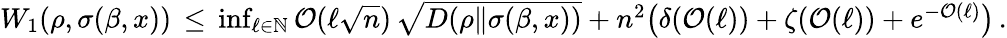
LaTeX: \begin{array}{r}{W_{1}(\rho,\sigma(\beta,x))\, \le\, \operatorname*{inf}_{\ell\in\mathbb{N}}\mathcal{O}(\ell\sqrt{n})\, \sqrt{D(\rho\| \sigma(\beta,x))}+n^{2}\big(\delta(\mathcal{O}(\ell))+\zeta(\mathcal{O}(\ell))+e^{-\mathcal{O}(\ell)}\big)\, .}\end{array}